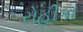
રોહીકા